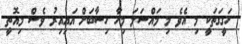
ހަގީގަތަކީ މި އެވެ މި މައްސަލަ މިހާ ހިސާބަށް އައިއިރު ވެސް މިއޮތީ